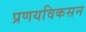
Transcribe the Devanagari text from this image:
प्रणयविकसन